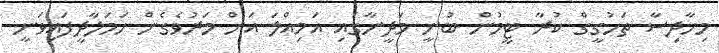
މިހާދިސާ ތަހުގީގް ކުރާ ޓީމުން ބުނީ މަދީނާގައި އަމިއްލަ އަށް މަރުވެގެން ހަމަލާދީފައިވަނީ